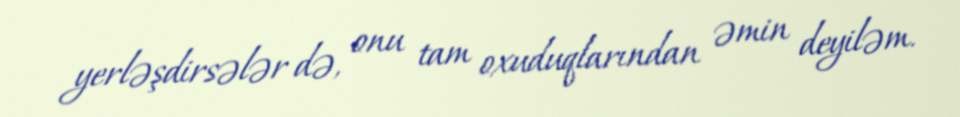
yerləşdirsələr də, onu tam oxuduqlarından əmin deyiləm.